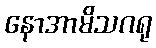
နောအာမိသဂရု